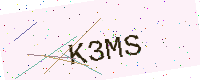
Text: K3MS